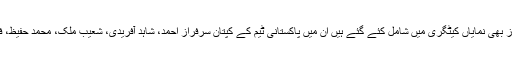
پی ایس ایل کے چوتھے ایڈیشن میں پاکستان کے سپراسٹارز بھی نمایاں کیٹگری میں شامل کئے گئے ہیں ان میں پاکستانی ٹیم کے کپتان سرفراز احمد، شاہد آفریدی، شعیب ملک، محمد حفیظ، فہیم اشرف ،شاداب خان، حسن علی اور فخرزمان شامل ہیں۔